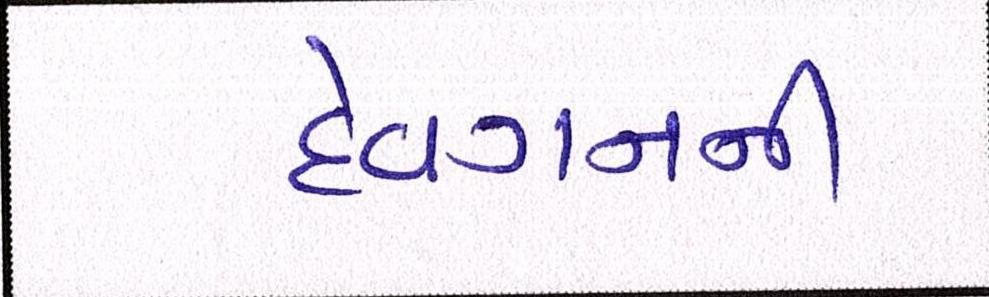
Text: દેવગનની